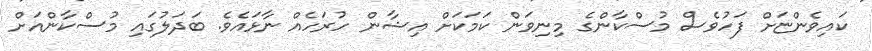
ކައިވެންޏަށް ފަހުވެސް މުސްކާންގެ މިނިވަން ކަމަކަށް އިޝާން ހުރަހެއް ނާޅައެވެ. ބަދަލުގައި މުސްކާންއަށް